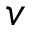
v